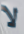
لا